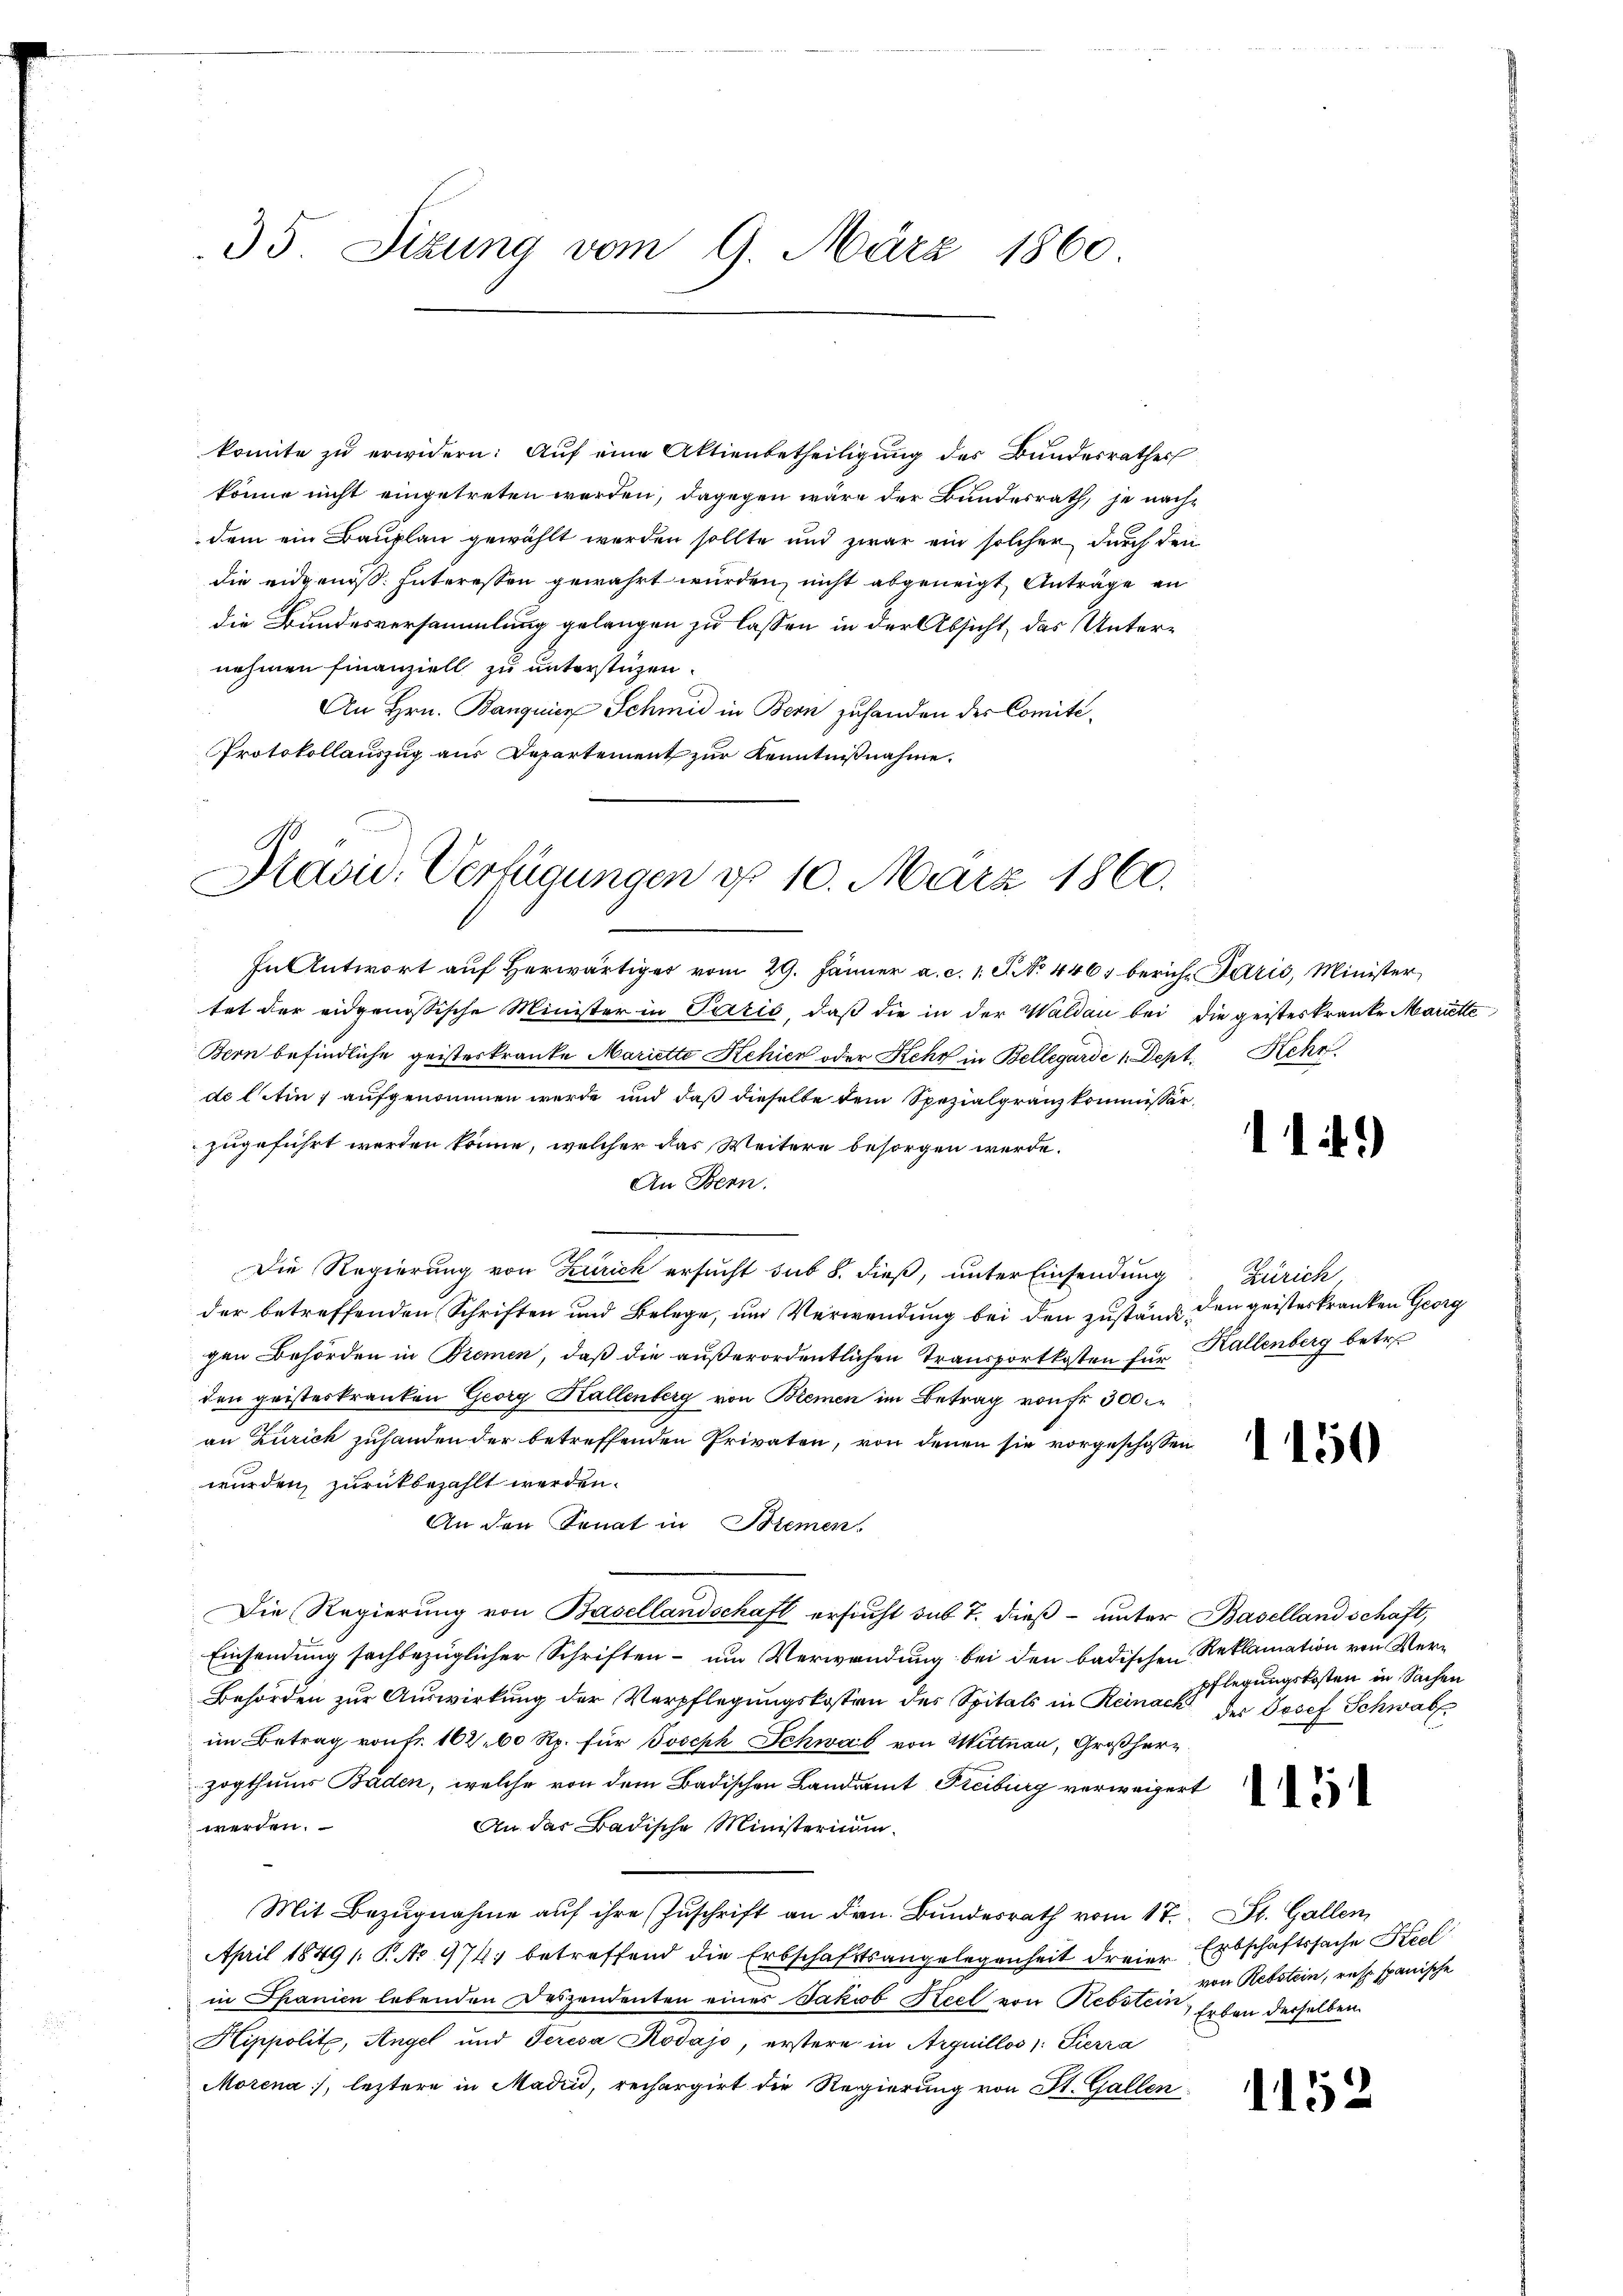
35. Sizung vom 9. März 1860

komite zu erwidern: Auf eine Aktienbetheiligung des Bundesrathes
könne nicht eingetreten worden, dagegen wäre der Bundesrath, je nachdem ein Bauplan gewählt werden sollte und zwar ein solcher durch den
die eidgenöß. Interessen gewährt wurden, nicht abgeneigt, Anträge an
die Bundesversammlung gelangen zu lassen in der Absicht, das Unternehmen finanziell zu unterstüzen.
An Hrn. Banquier Schmid in Bern zuhanden der Comité¬
Protokollauszug aus Departement zur Kenntnißnahme.

A
Kasid. Verfügungen d. 10. März 1860.

In Antwort auf herwärtiges vom 29. Jänner a. c. 1 S. No. 446. beriche Paris, Minister
tat der eidgenössische Minister in Paris, daß die in der Waldau bei die geisteskranke Mariette
Bern befindliche geisteskranke Mariette Kehier oder Kehr in Bellegarde 1. Dept. Kehr
de latin, aufgenommen werde und daß dieselbe dem Spezialgranz kommissärzugeführt werden könne, welcher das Weitere besorgen werde.
An Bern.
.
Die Regierung von Zürich ersucht sub 8. dieß, unter Einsendung
der betreffenden Schriften und Belege, um Verwendung bei den zustand den geisteskranken Georg
gen Behörden in Bremen, daß die außerordentlichen Transportkosten für Kallenberg betr.
den geisteskranken Georg Hallenberg von Bremen im Betrag von fr. 300.
an Zürich zuhanden der betreffenden Privaten, von denen sie vorgeschossen
wurden, zurückbezahlt werden.
An den Senat in Bremen.
Die Regierung von Basellandschaft ersucht sub 7. dieß unter Basellandschaft,
Einsendung sachbezüglicher Schriften - um Verwendung bei den badischen Reklamation von Ver¬
Behörden zur Auswirkung der Verpflegungskosten des Spitals in Reinach der Josef Schwab
im Betrag von fr. 162. 60 Rp. für Joseph Schwab von Wittnau, Großherz
zogthums Baden, welche von dem Badischen Landant Freiburg verweigert
werden.
An das Badische Ministerium.
Mit Bezugnahme aŭf ihre Zuschrift an den Bundesrath vom 17. St. Gallen
April 1849 /: P. No 974 betreffend die Erbschaftsangelegenheit dreier Erbschaftssache Keel
in Spanien lebenden Deszendenten eines Jakob Keel von Rebstein, Erben derselben
Kippolitz, Angel und Teresa Rodajo, erstere in Arquillos /: Sierra
Morena), leztere in Madii, rechargirt die Regierung von St. Gallen

1

)

Zürich

pflegungskosten in Sachen

von Rebstein, resp. spanische

1152